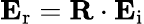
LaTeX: \mathbf{E}_{\mathrm{r}}=\mathbf{R}\cdot\mathbf{E}_{\mathrm{i}}